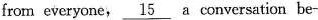
from cveryone,\underline{15} a conversation be-